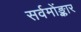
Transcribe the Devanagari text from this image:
सर्वमोंङ्कार